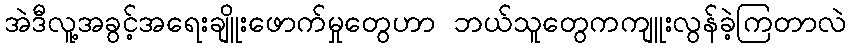
အဲဒီလူ့အခွင့်အရေးချိူးဖောက်မှုတွေဟာ ဘယ်သူတွေကကျူးလွန်ခဲ့ကြတာလဲ